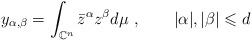
LaTeX: \begin{align*} y_{\alpha,\beta} = \int_{\mathbb{C}^n} \bar{z}^\alpha z^\beta d\mu ~, ~~~~ ~~ |\alpha|,|\beta| \leqslant d\end{align*}